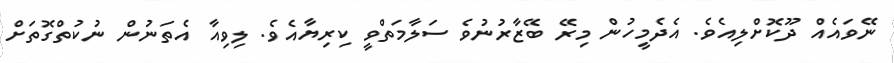
ނޭވައެއް ދޫކޮށްލިއެވެ. އެދެމީހުން މިރޭ ބޭޒާރުނުވެ ސަލާމަތްވީ ކިރިޔާއެވެ. ލިވިއާ އެތަނުން ނުކުތްގޮތަށް